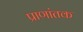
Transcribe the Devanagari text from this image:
प्राणांतक